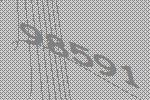
98591